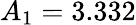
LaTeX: A_{1}=3.332